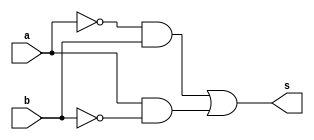
// -------------------------
// Nome: Pedro Henrique Hardeman Guedes
// -------------------------
// -------------------------
// -- xor gate
// -------------------------
module orgate ( output s,
                            input  a, b);
assign s = ((~a)&b) | (a&(~b));
endmodule // xorgate
// ---------------------
// -- test xor gate
// ---------------------
module testxorgate;
// ------------------------- dados locais
   reg   a, b; // definir registradores
wire  s;    // definir conexao (fio)
// ------------------------- instancia
   orgate NOR1 (s, a, b);
// ------------------------- preparacao
   initial begin:start
                   // atribuicao simultanea
// dos valores iniciais
      a=0; b=0;
   end// ------------------------- parte principal
   initial begin
      $display("Exercicio2 - Pedro Henrique Hardeman Guedes - 397260");
      $display("Test XOR gate");
$display("\na & b = s\n");
      a=0; b=0;
  #1  $display("%b & %b = %b", a, b, s);
      a=0; b=1;
  #1  $display("%b & %b = %b", a, b, s);
      a=1; b=0;
  #1  $display("%b & %b = %b", a, b, s);
      a=1; b=1;
  #1  $display("%b & %b = %b", a, b, s);
end
endmodule // testorgate